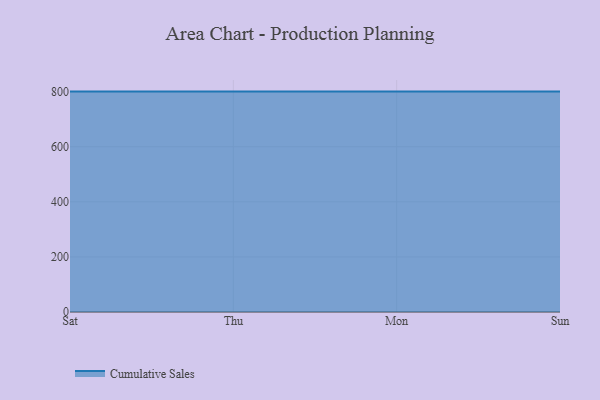
{"axis": {"x": "Day", "y": "Headcount"}, "legend": ["Cumulative Sales"], "data": [{"x": "Sat", "y": 800, "type": "Cumulative Sales"}, {"x": "Thu", "y": 800, "type": "Cumulative Sales"}, {"x": "Mon", "y": 800, "type": "Cumulative Sales"}, {"x": "Sun", "y": 800, "type": "Cumulative Sales"}]}